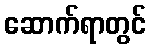
ဆောက်ရာတွင်